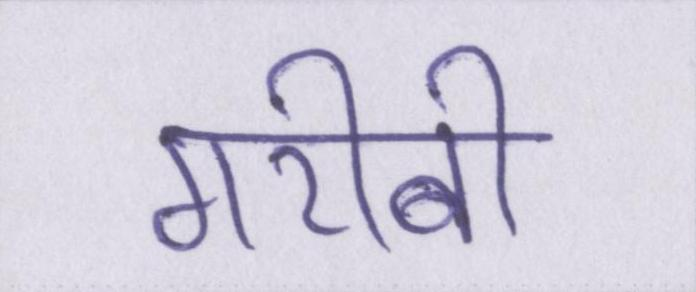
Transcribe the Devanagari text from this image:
गरीबी